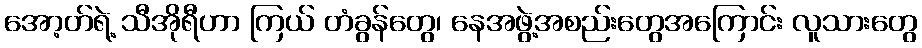
အော့တ်ရဲ့ သီအိုရီဟာ ကြယ် တံခွန်တွေ၊ နေအဖွဲ့အစည်းတွေအကြောင်း လူသားတွေ